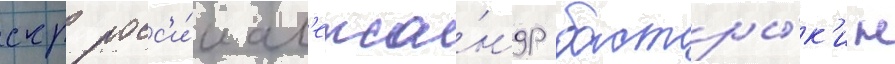
скр росс'и́и ал'екса́ндр бастры́к'ин